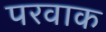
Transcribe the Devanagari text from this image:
परवाक